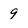
Character: 9